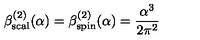
\beta _ { \mathrm { s c a l } } ^ { ( 2 ) } ( \alpha ) = \beta _ { \mathrm { s p i n } } ^ { ( 2 ) } ( \alpha ) = { \frac { { \alpha } ^ { 3 } } { 2 { \pi } ^ { 2 } } } \quad